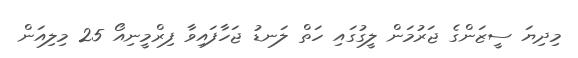
މިދިޔަ ސީޒަންގެ ޖަރުމަން ލީގުގައި ހަތް ލަނޑު ޖަހާފައިވާ ފިރްމީނިއޯ 25 މިލިއަން